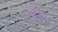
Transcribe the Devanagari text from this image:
घोशा